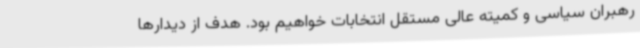
رهبران سیاسی و کمیته عالی مستقل انتخابات خواهیم بود. هدف از دیدارها